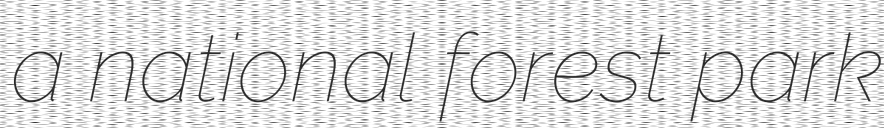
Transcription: a national forest park